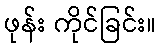
ဖုန်း ကိုင်ခြင်း။